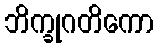
ဘိက္ခုဂတိကော